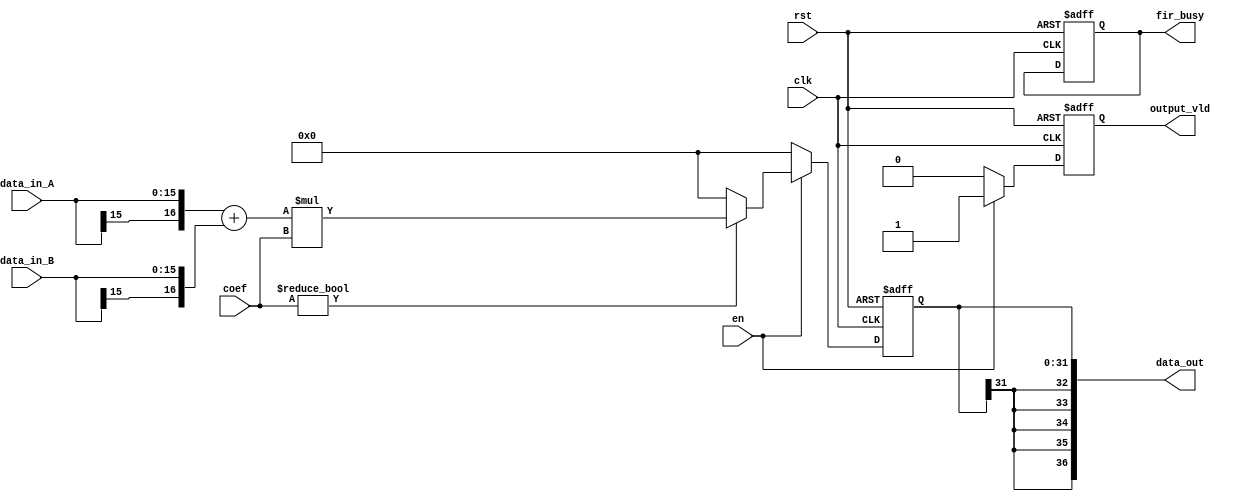
// This program is free software: you can redistribute it and/or modify
// it under the terms of the GNU General Public License as published by
// the Free Software Foundation, either version 3 of the License, or
// (at your option) any later version.

// This program is distributed in the hope that it will be useful,
// but WITHOUT ANY WARRANTY; without even the implied warranty of
// MERCHANTABILITY or FITNESS FOR A PARTICULAR PURPOSE.  See the
// GNU General Public License for more details.

// You should have received a copy of the GNU General Public License
// along with this program.  If not, see <https://www.gnu.org/licenses/>.

// @author: woodfan
// @function: FIR
// @data: 202031914:02:33
module fir_base
#(
	parameter DATA_BITS = 16,
	parameter COEF_BITS = 16,
	parameter EXTEND_BITS = 5,
	parameter OUT_BITS = DATA_BITS + COEF_BITS + EXTEND_BITS
)
(
	// System signal
	input							clk			,
	input							rst			,
	// Control and data input signal
	input							en			,
	input	signed [DATA_BITS-1:0]	data_in_A	,
	input	signed [DATA_BITS-1:0]	data_in_B	,
	input	signed [COEF_BITS-1:0]	coef		,
	// Output signal 
	output	reg						fir_busy	,	//no use
	output	signed 	[OUT_BITS-1:0]	data_out	,
	output	reg						output_vld	
);
// 
// https://zhuanlan.zhihu.com/p/92828553
reg signed [DATA_BITS + COEF_BITS - 1:0]	data_mult;
// FIR
// 
wire signed [DATA_BITS:0]	data_in ;
assign data_in = {data_in_A[DATA_BITS-1], data_in_A} + {data_in_B[DATA_BITS-1], data_in_B};

// 
assign data_out = {{EXTEND_BITS{data_mult[DATA_BITS + COEF_BITS - 1]}},data_mult };

// en
always @(posedge clk or posedge rst) begin
	if (rst) begin
		// reset
		fir_busy	<=	1'b0;
		data_mult	<= 	0 ;
		output_vld	<=	1'b0;
	end
	else if (en) begin
		//coef00
		data_mult	<=	coef != 0 ? data_in * coef : 0;
		output_vld	<=	1'b1;
	end
	else begin
		data_mult	<=	'd0;
		output_vld	<=	1'b0;
	end
end


endmodule